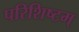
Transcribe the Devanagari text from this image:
परिशिष्टम्